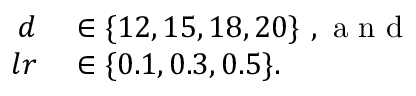
\begin{array} { r l } { d } & { { } \in \{ 1 2 , 1 5 , 1 8 , 2 0 \} \mathrm { ~ , ~ a ~ n ~ d ~ } } \\ { l r } & { { } \in \{ 0 . 1 , 0 . 3 , 0 . 5 \} . } \end{array}